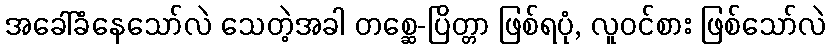
အခေါ်ခံနေသော်လဲ သေတဲ့အခါ တစ္ဆေ-ပြိတ္တာ ဖြစ်ရပုံ, လူဝင်စား ဖြစ်သော်လဲ